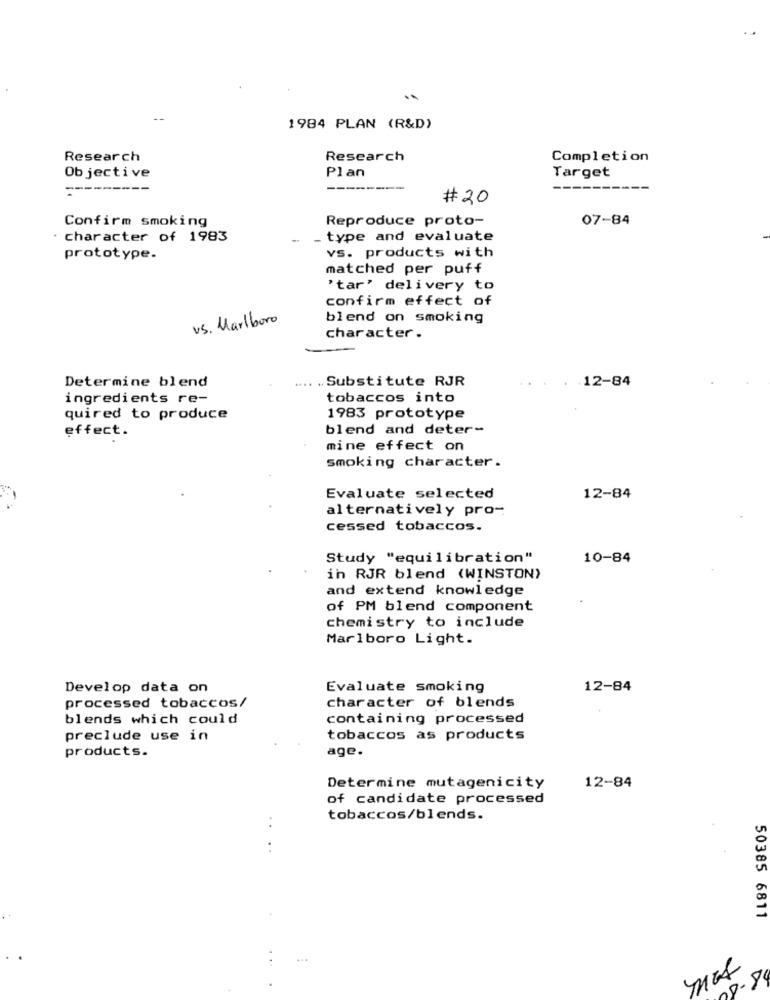
..
1984 PLAN (R&D)
Research
Research
Completion
Ob jective
Plan
Target
------
# 20
Confirm smoking
Reproduce proto-
07-84
· character of 1983
_ type and evaluate
prototype.
vs. products with
matched per puff
'tar' delivery to
confirm effect of
v.S. Marlboro
blend on smoking
character .
Determine blend
... .. Substitute RJR
.12-84
ingredients re-
tobaccos into
quired to produce
1983 prototype
effect.
blend and deter-
mine effect on
smoking character.
Evaluate selected
12-84
alternatively pro-
cessed tobaccos.
Study "equilibration"
10-84
in RJR blend (WINSTON)
and extend knowledge
of PM blend component
chemistry to include
Marlboro Light.
Develop data on
Evaluate smoking
12-84
processed tobaccos/
character of blends
blends which could
containing processed
preclude use in
tobaccos as products
products.
age.
Determine mutagenicity
12-84
of candidate processed
tobaccos/blends.
..
50385 6811
08-84